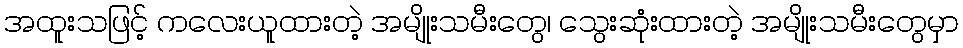
အထူးသဖြင့် ကလေးယူထားတဲ့ အမျိုးသမီးတွေ၊ သွေးဆုံးထားတဲ့ အမျိုးသမီးတွေမှာ